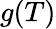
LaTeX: g(T)